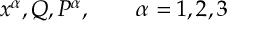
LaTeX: x ^ { \alpha } , Q , P ^ { \alpha } , \qquad \alpha = 1 , 2 , 3